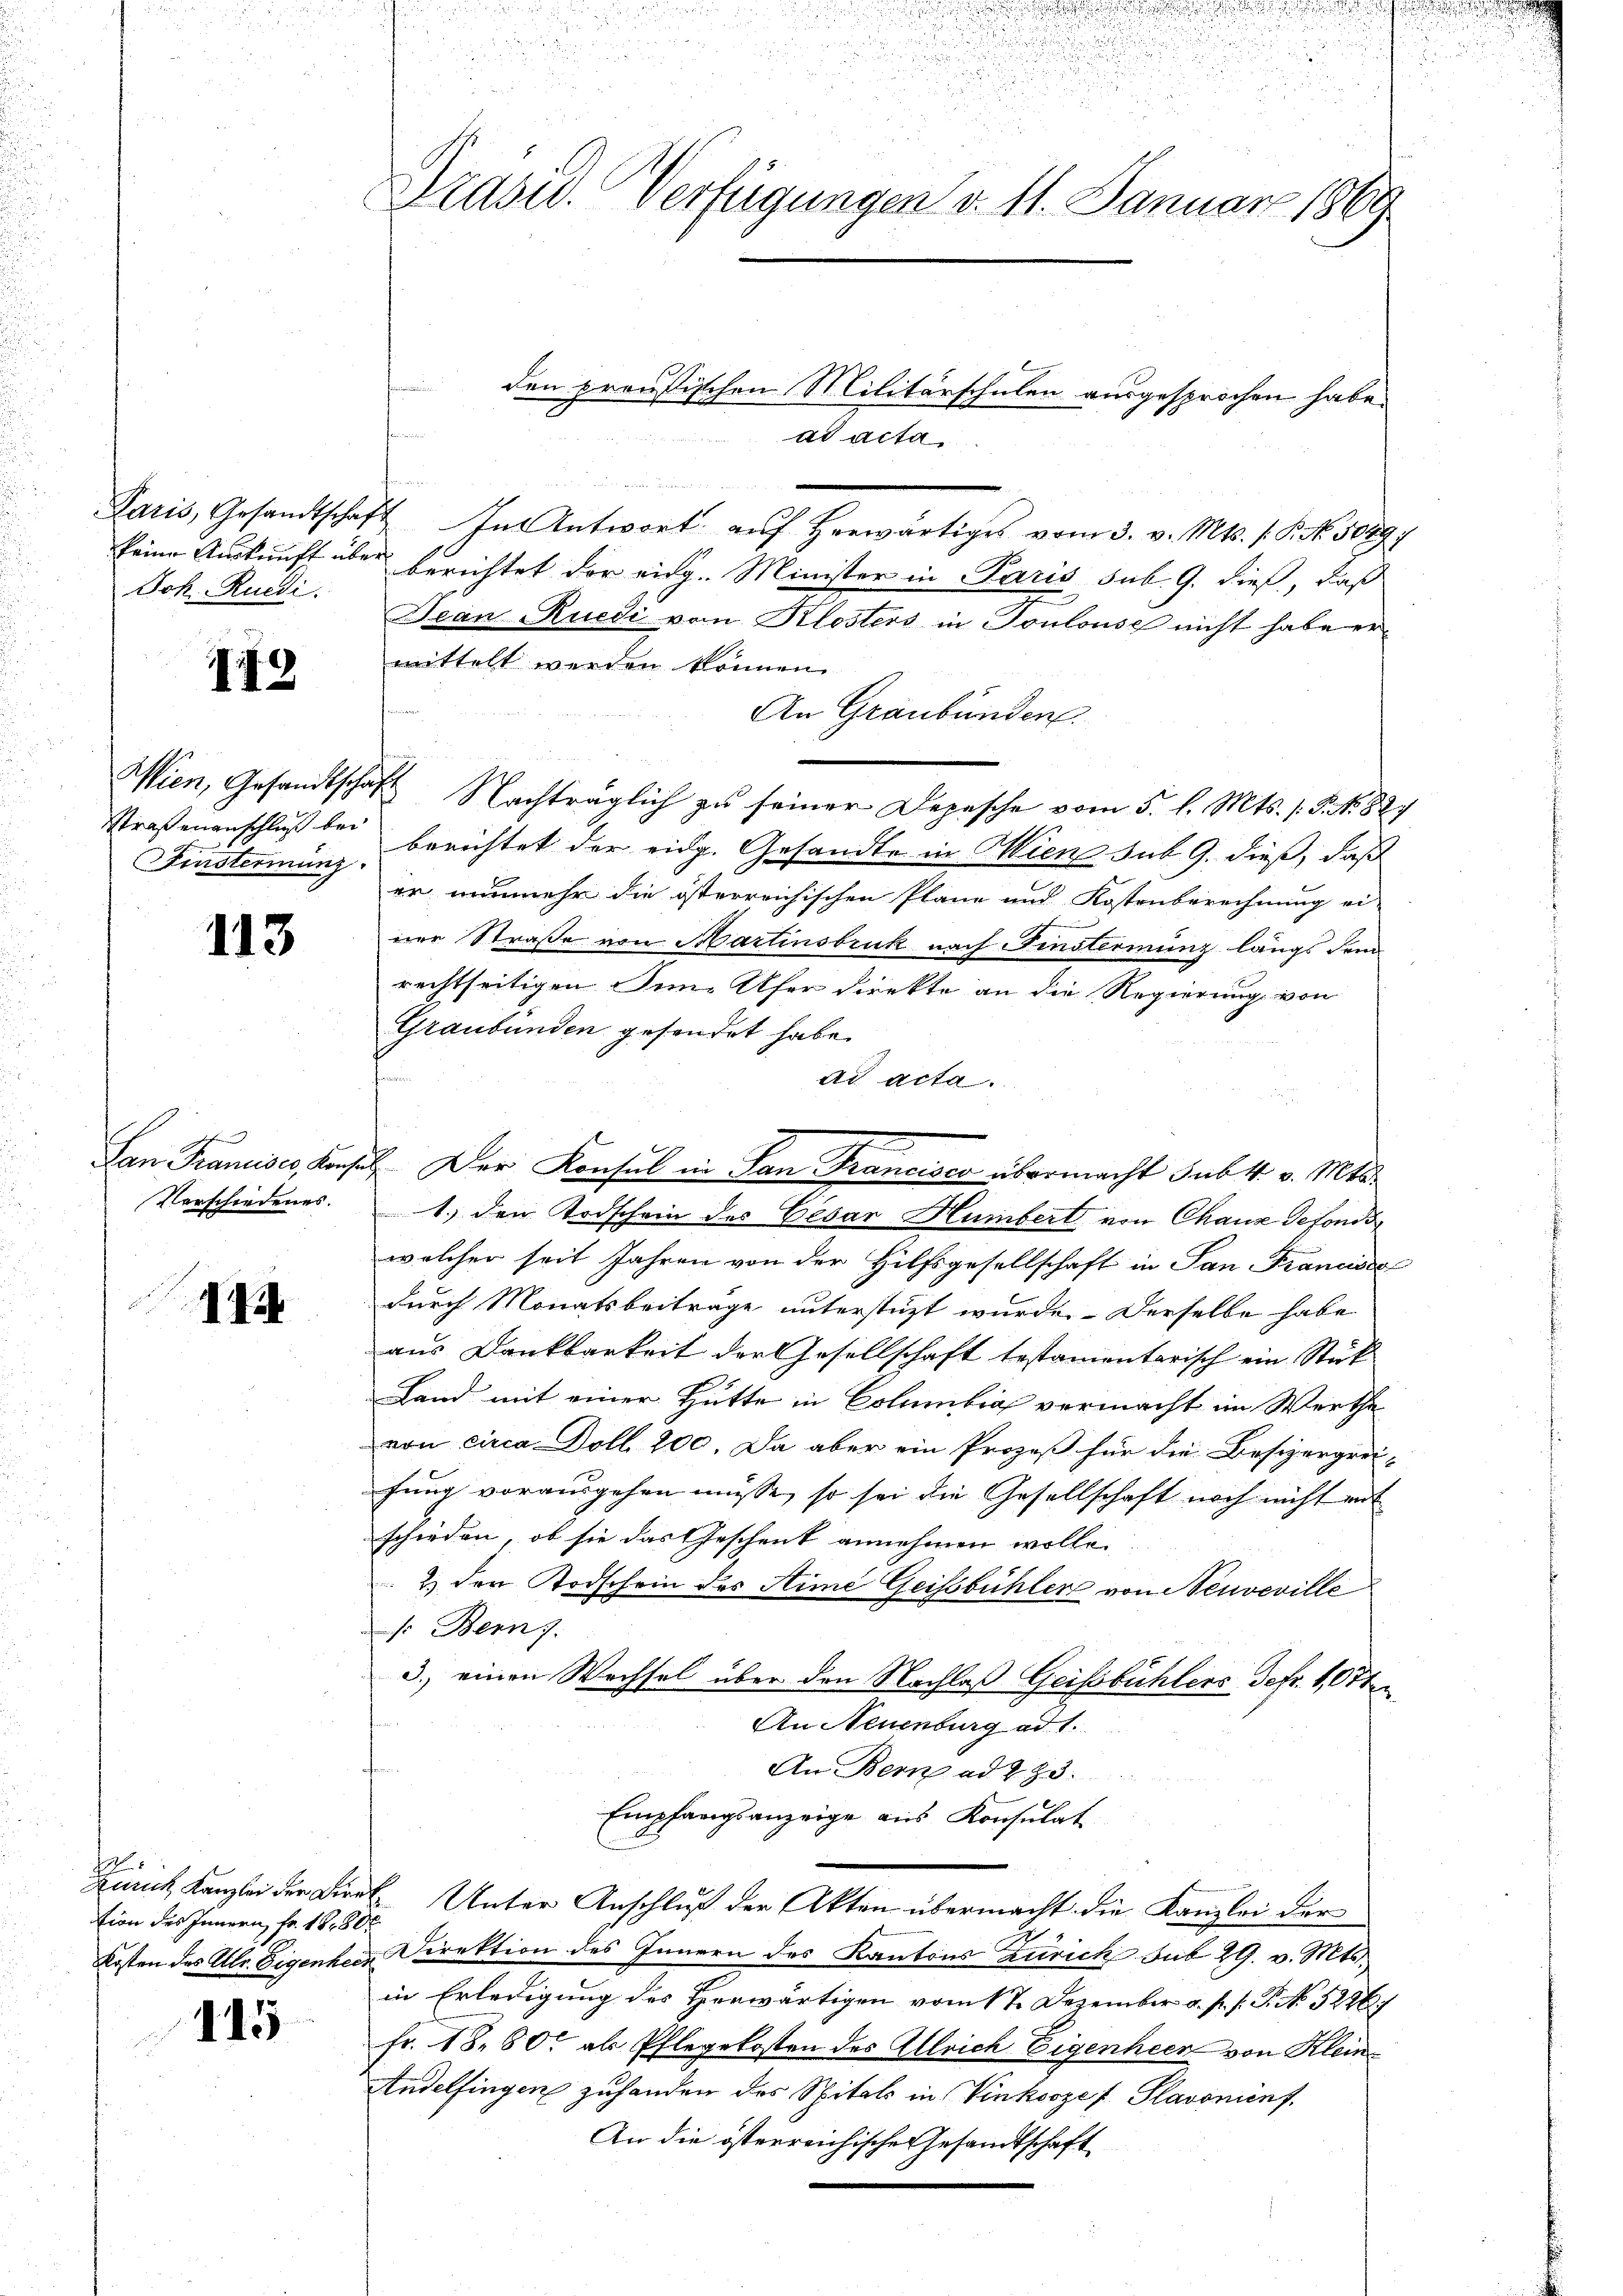
Joh. Ruedi.

179

Straßenanschluß bei

113

Verschiedenes.

44

te
tion des Innern, fr. 1880

115

Präsid. Verfügungen d. 11. Januar 1869

e
Paris, Gesandtschaft In Antwort aŭf herwärtiges vom 3. v. Mts. 1 S. Nr. 1029,
keine Auskunft über berichtet der eidg. Minister in Paris sub. 9. dieß, daß
Jean Ruedi vom Klosters in Toulouse nicht habe er
mittelt werden können.
An Graubünden.
Wien, Gesandtschaft Nachträglich zu seiner Depesche vom 5. l. Mts. s. S. Nr. 827
Finstermins Berichtet der eidg. Gesandte in Wien sub. 9. dieß, daß
er nunmehr die österreichischen Pläne und Kostenberechnung ei-
ner Straße von Martinsbruk nach Finsterung längs dem
rechtseitigen eine Ufer direkte an die Regierung von
Graubünden gesendet habe.
ad acta
San Francises, Konsil. Der Konsul in San Francisco übermacht Subk. v. Mts.
1. den Todschein des Cesar Humbert von Chaux defonds
welcher seit Jahren von der Hilfsgesellschaft in San Francises
durch Monatsbeiträge unterstüzt wurde. Derselbe habe
aus Dankbarkeit der Gesellschaft testamentarisch ein Stük
Land mit einer Hütte in Columbial vermacht im Werthe
von circa Doll 200. Da aber ein Prozeß für die Besizergrei-
fung vorausgehen müsse, so sei die Gesellschaft noch nicht mit
schieden, ob sie das Geschenk annehmen wolle.
2.) Der Todschein des Sime Geistbühler von Neuveville
. Bern.
3.) einen Wechsel über den Nachlaß Geistsbüchlers defr. 1,07ten
ten
An Neuenburg ad 1.
An Bern ad 293.
Empfangsanzeige aus Konsulat
Zürich Kanzlei der Direk Unter Anschluß der Akten übermacht die Kanzlei der
Kosten des Ulr. Eigenherr Direktion des Innern des Kantons zurich sub 29. v. Mts.
in Erledigung des Herwärtigen vom 17. Dezember a. p. s. P. No 5246
fr. 18. 80. als Pflegekosten des Allrich Eigenheer von Kleine
Andelfingen zuhanden des Spitals in Vinksozef Plavoninf.
An die österreichische Gesandtschaft

e

ad acta

den preußischen Militärschulen ausgesprochen habe.